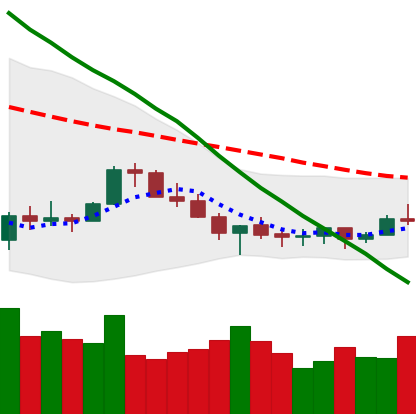
Ticker: XLM-USD
Chart end date: 2022-07-08
Forward return: -6.988%
Label: down_5_7